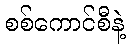
စစ်ကောင်စီနဲ့